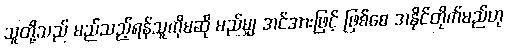
သူတို့သည် မည်သည့်ရန်သူကိုမဆို မည်မျှ အင်အားဖြင့် ဖြစ်စေ အနိုင်တိုက်မည်ဟု